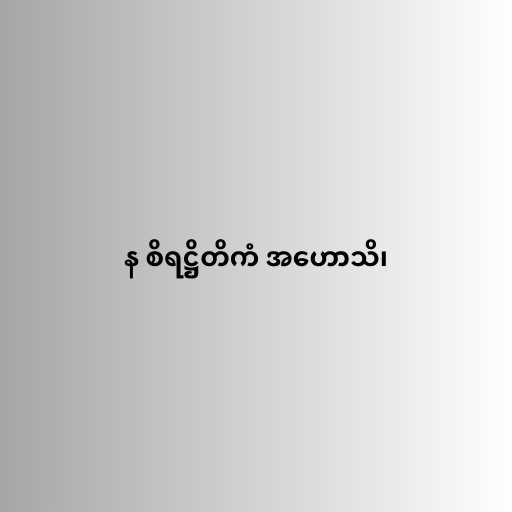
န စိရဋ္ဌိတိကံ အဟောသိ၊